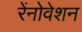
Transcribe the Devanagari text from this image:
रेंनोवेशन